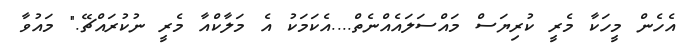
އެހެން މީހަކާ މެރީ ކުރިޔަސް މައްސަލައެއްނެތް....އެކަމަކު އެ މަލާކްއާ މެރީ ނުކުރައްޗޭ." މައުވާ